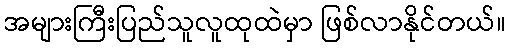
အများကြီးပြည်သူလူထုထဲမှာ ဖြစ်လာနိုင်တယ်။